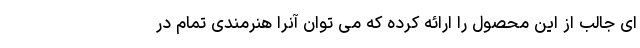
ای جالب از این محصول را ارائه کرده که می توان آنرا هنرمندی تمام در